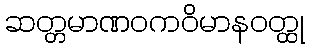
ဆတ္တမာဏဝကဝိမာနဝတ္ထု